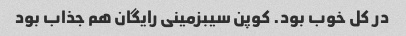
در کل خوب بود. کوپن سیبزمینی رایگان هم جذاب بود